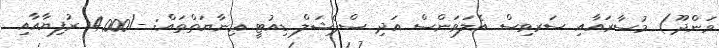
ވަންދޫ) މުސާރައާއި ސަރވިސް އެލަވަންސް އަދި ސްޕެޝަލް ޑިއުޓީ ޢިނާޔަތްތައް: -/4